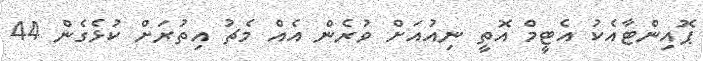
ޕޮއިންޓާއެެކު އެޓީމް އޮތީ ނިއުއަށް ވުރެން އެއް މެޗު އިތުރަށް ކުޅެގެން 44